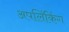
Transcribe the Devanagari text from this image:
अपलिंकिंग